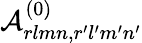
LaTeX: \mathcal{A}_{rlmn,r^{\prime}l^{\prime}m^{\prime}n^{\prime}}^{(0)}